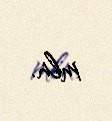
mln.